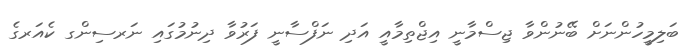
ބަލިމީހުންނަށް ބޭނުންވާ ޖިސްމާނީ އިޖްތިމާއީ އަދި ނަފްސާނީ ފަރުވާ ދިނުމުގައި ނަރސިންގ ކެއަރގެ